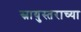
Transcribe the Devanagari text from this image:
स्नायुस्तराच्या